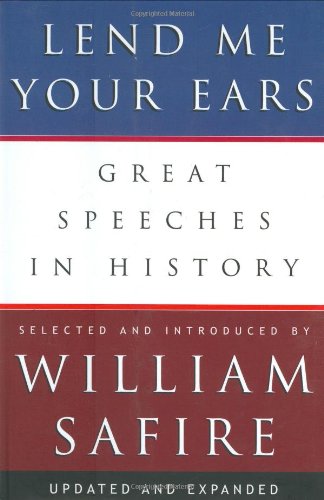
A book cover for Lend Me Your Ears: Great Speeches in History (Updated and Expanded Edition); Reference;